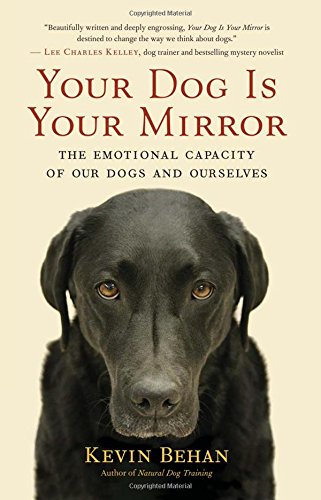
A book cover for Your Dog Is Your Mirror: The Emotional Capacity of Our Dogs and Ourselves; Kevin Behan; Crafts, Hobbies & Home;